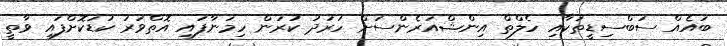
ބައެއް ސަބްސިޑީތަކާއި ހެލްތް އިންޝްއަރެންސަށް ހަރަދު ކުރަން ހިމަނާފައި އޮތްވަރު ކުޑަކޮށްފައި ވާތީ